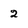
Character: 2